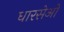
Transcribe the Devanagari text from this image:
धारसेओ